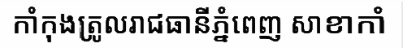
កាំកុងត្រូលរាជធានីភ្នំពេញ សាខាកាំ